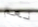
نعم